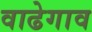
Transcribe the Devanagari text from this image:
वाढेगाव